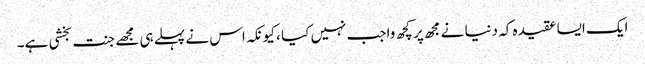
ایک ایسا عقیدہ کہ دنیا نے مجھ پر کچھ واجب نہیں کیا ، کیونکہ اس نے پہلے ہی مجھے جنت بخشی ہے۔